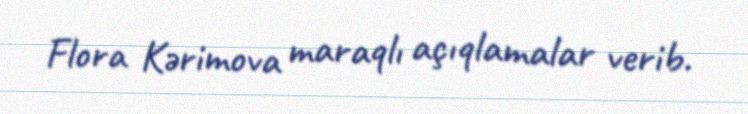
Flora Kərimova maraqlı açıqlamalar verib.